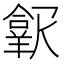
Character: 𱻑